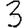
Digit: 3